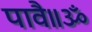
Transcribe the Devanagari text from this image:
पावै॥ॐ